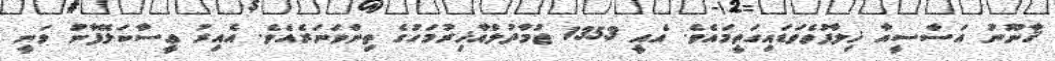
ޤާނޫނު އަސާސީއާ ޚިލާފުވެވަޑައިގަތީމައެވެ. އެއީ 1353 ޖުމާދުލްއާޚިރުމަހުގެ ތިންވަނަރެއެވެ. އެއިރު ޢީސާކަލޭފާނު ވަނީ